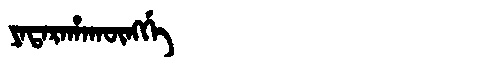
Manchu: ᠶᠠᡨᠠᡵᠠᡥᠠᡴᡡᠩᡤᡝ
Romanization: YATARAHAKŪNGGE